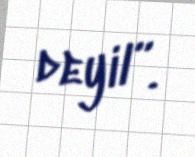
deyil”.